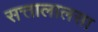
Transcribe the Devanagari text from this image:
सत्तालालसा